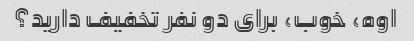
اوه، خوب، برای دو نفر تخفیف دارید؟